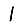
Digit: 1